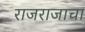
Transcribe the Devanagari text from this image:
राजराजाचा